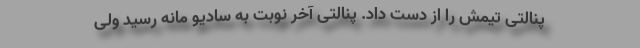
پنالتی تیمش را از دست داد. پنالتی آخر نوبت به سادیو مانه رسید ولی